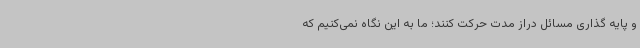
و پایه گذاری مسائل دراز مدت حرکت کنند؛ ما به این نگاه نمی‌کنیم که